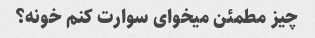
چیز مطمئن میخوای سوارت کنم خونه؟